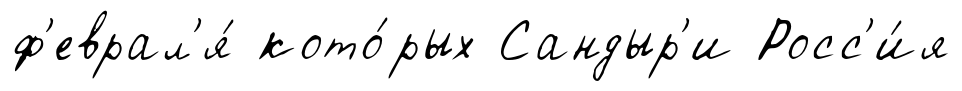
ф'еврал'я́ кото́рых Сандыр'и Росс'и́я